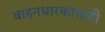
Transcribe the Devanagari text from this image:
वाहनधारकांसाठी